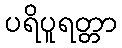
ပရိပူရတ္တာ